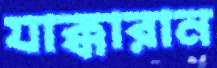
যাক্কারান